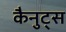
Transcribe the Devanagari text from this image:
कैनुट्स